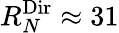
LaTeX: R_{N}^{\textnormal{Dir}}\approx 31